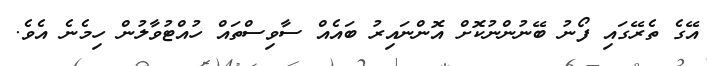
އޭގެ ތެރޭގައި ފޯނު ބޭނުންނުކޮށް އޮންނައިރު ބައެއް ސާވިސްތައް ހުއްޓުވާލުން ހިމެނެ އެވެ.